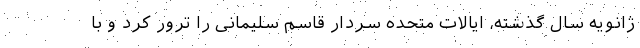
ژانویه سال گذشته، ایالات متحده سردار قاسم سلیمانی را ترور کرد و با